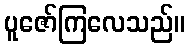
ပူဇော်ကြလေသည်။